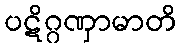
ပဋိဂ္ဂဏှာမာတိ